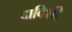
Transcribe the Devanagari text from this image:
दाविशी